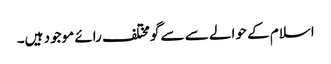
اسلام کے حوالے سے سے گو مختلف رائے موجود ہیں۔